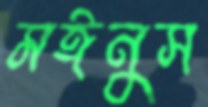
মঈনুস